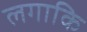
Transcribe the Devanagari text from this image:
लगाकि